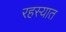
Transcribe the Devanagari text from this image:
रहस्यात